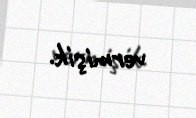
vermişik.